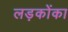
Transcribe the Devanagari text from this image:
लड़कोंका